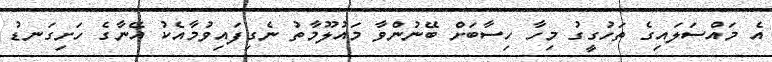
އެ މައްސަލައިގެ ތަހުގީގު މިހާ ހިސާބަށް ބޭނުންވާ މައުލޫމާތު ނެގިފައިވުމާއެކު އޭނާގެ ހަށިގަނޑު